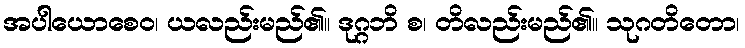
အပါယောစေဝ၊ ယလည်းမည်၏။ ဒုဂ္ဂဘိ စ၊ တိလည်းမည်၏။ သုဂတိတော၊